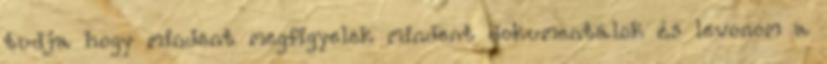
tudja hogy mindent megfigyelek mindent dokumentálok és levonom a